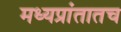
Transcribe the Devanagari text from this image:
मध्यप्रांतातच